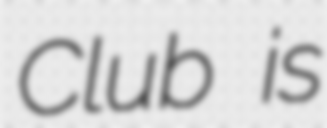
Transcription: Club is